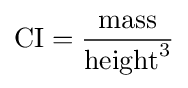
{\text{CI}}={\frac {\mathrm {mass} }{\mathrm {height} ^{3}}}